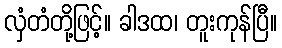
လှံတံတို့ဖြင့်။ ခါဒထ၊ တူးကုန်ပြီ။